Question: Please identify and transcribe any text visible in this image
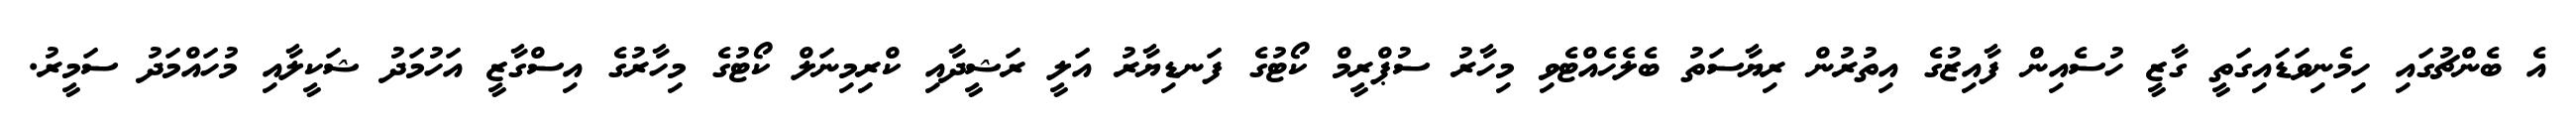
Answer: އެ ބެންޗުގައި ހިމެނިވަޑައިގަތީ ގާޒީ ހުސެއިން ފާއިޒުގެ އިތުރުން ރިޔާސަތު ބެލެހެއްޓެވި މިހާރު ސުޕްރީމް ކޯޓުގެ ފަނޑިޔާރު އަލީ ރަޝީދާއި ކްރިމިނަލް ކޯޓުގެ މިހާރުގެ އިސްގާޒީ އަހުމަދު ޝަކީލާއި މުހައްމަދު ސަމީރު.